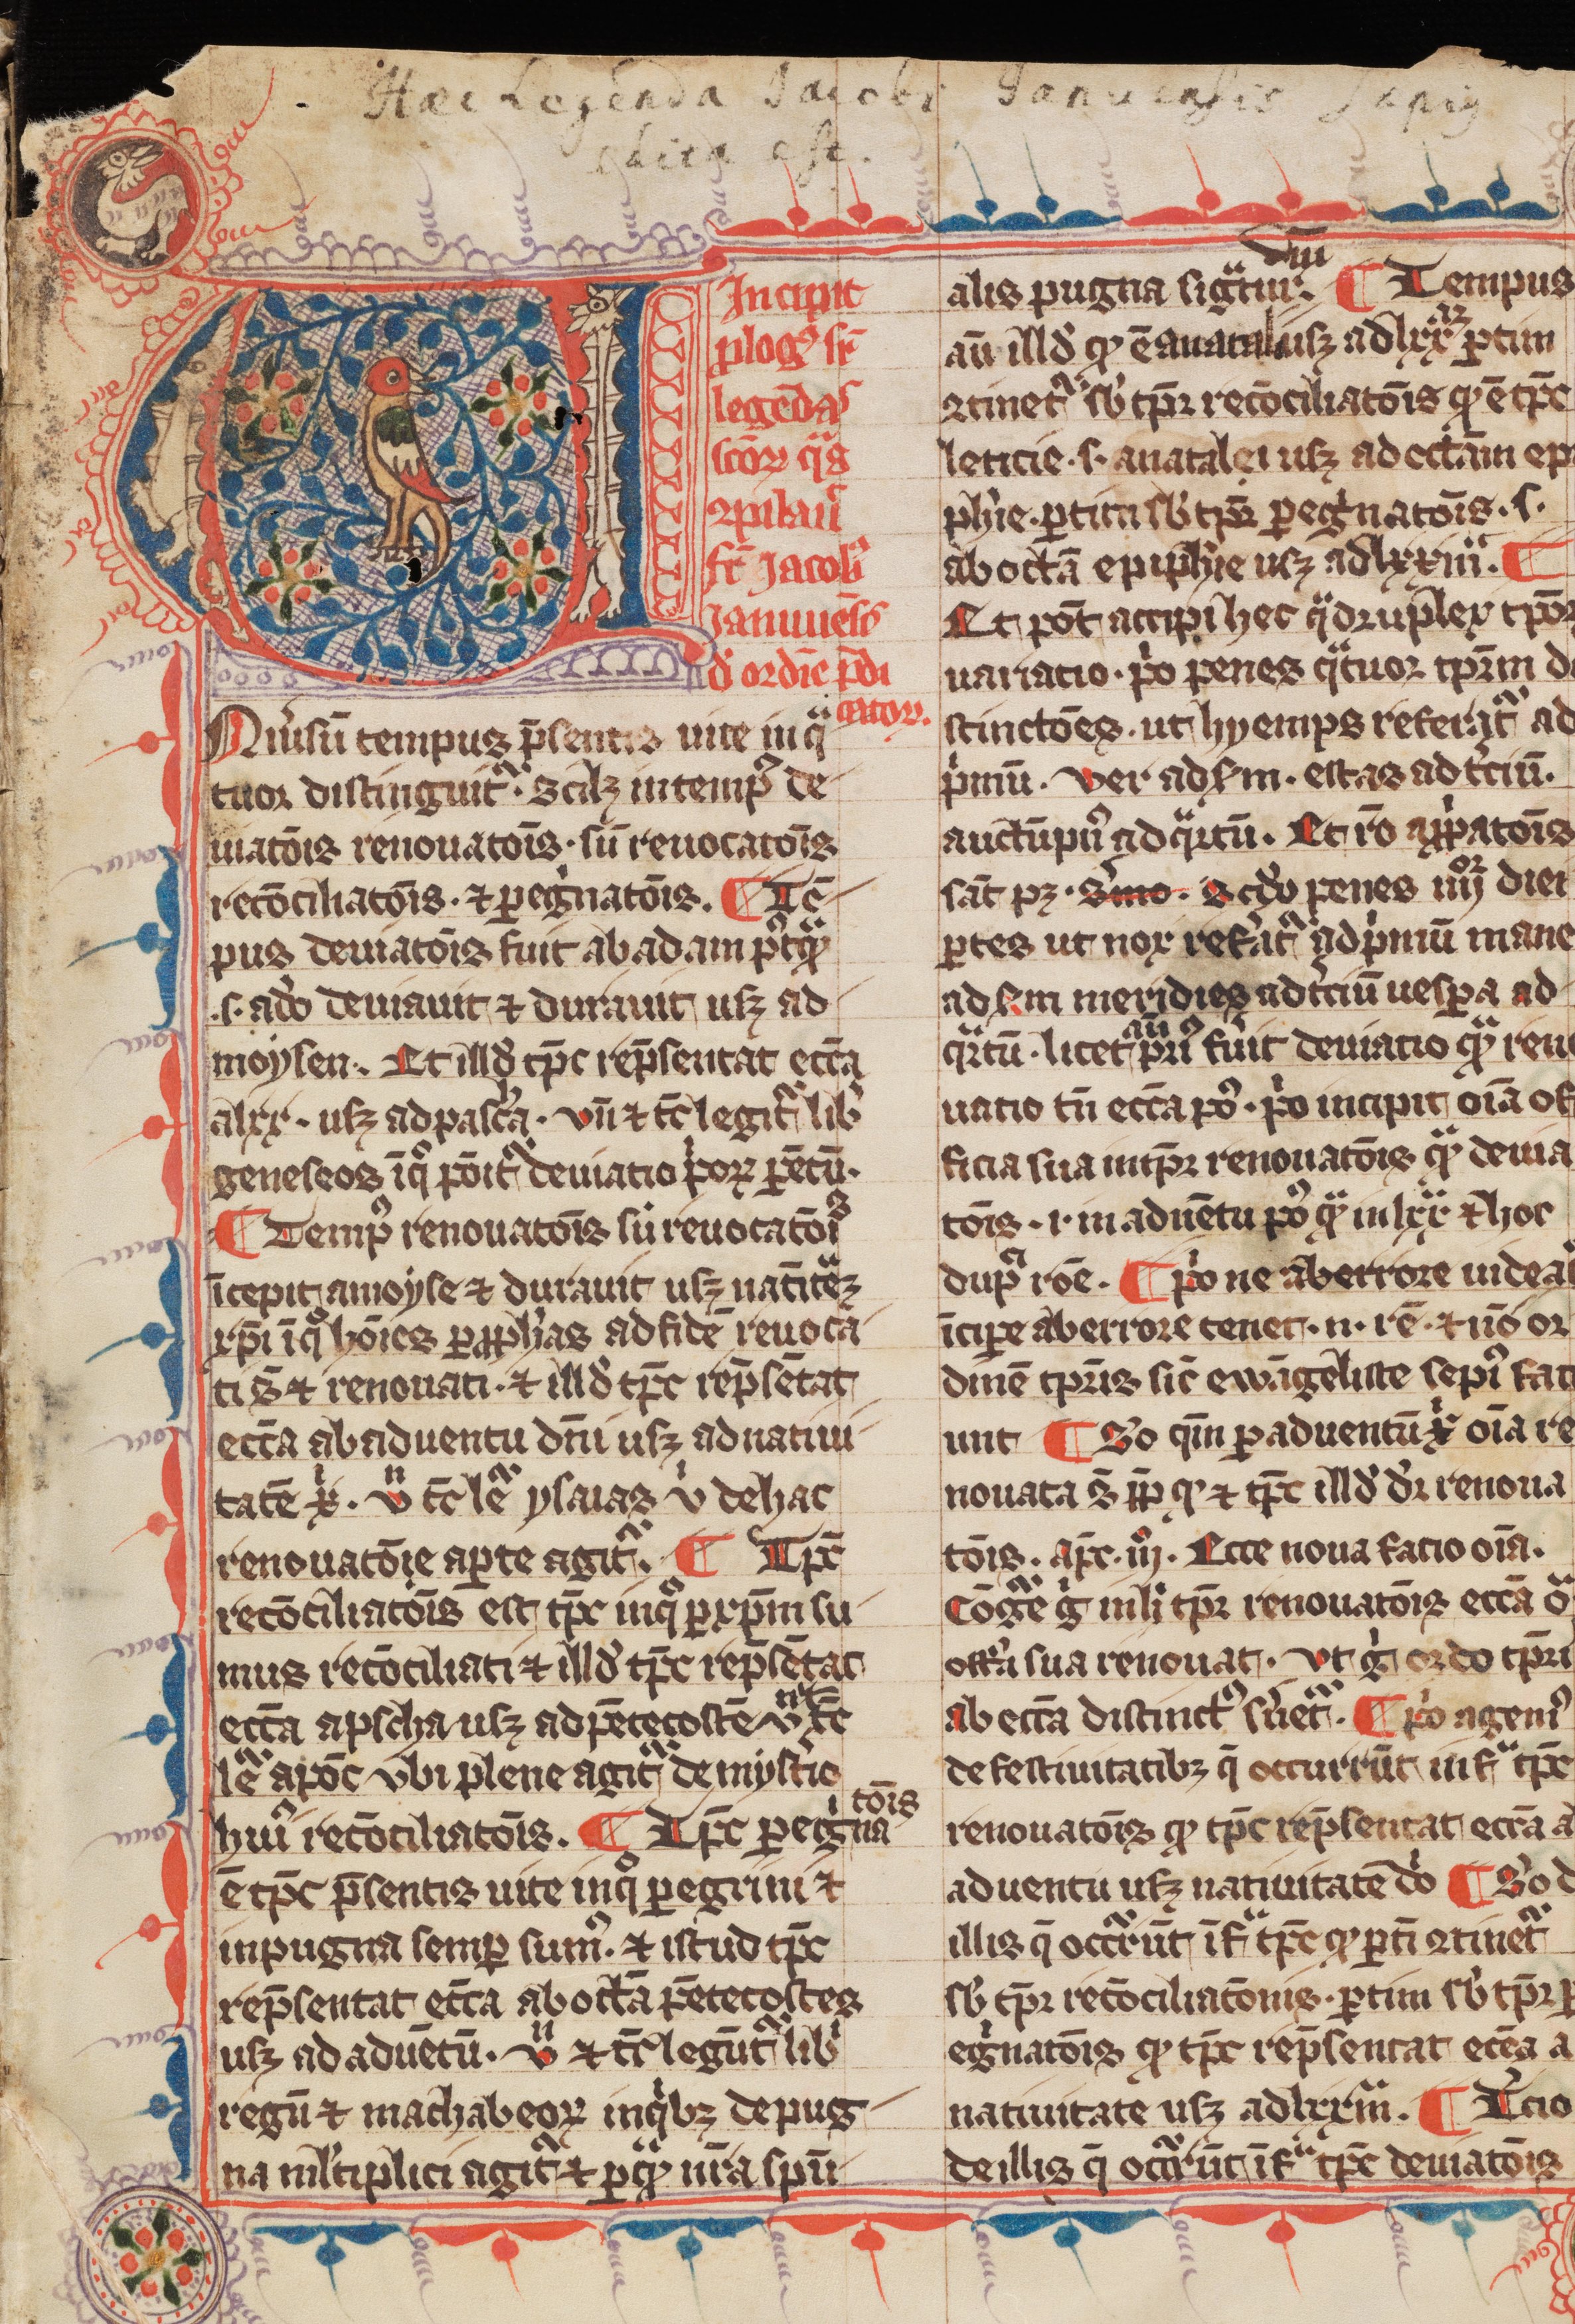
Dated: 1300–1399